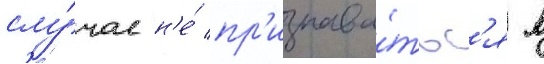
слу́чае н'е́ пр'изнава́тьс'я в